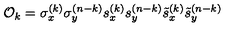
{ \cal O } _ { k } = \sigma _ { x } ^ { ( k ) } \sigma _ { y } ^ { ( n - k ) } s _ { x } ^ { ( k ) } s _ { y } ^ { ( n - k ) } \tilde { s } _ { x } ^ { ( k ) } \tilde { s } _ { y } ^ { ( n - k ) }